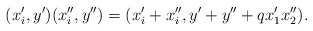
\begin{align*}( x_i', y')(x_i'', y'') = ( x_i' + x_i'', y' + y'' + qx_1' x_2'' ).\end{align*}